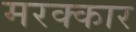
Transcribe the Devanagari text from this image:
मरक्कार